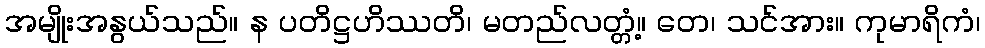
အမျိုးအနွယ်သည်။ န ပတိဋ္ဌဟိဿတိ၊ မတည်လတ္တံ့။ တေ၊ သင်အား။ ကုမာရိကံ၊